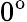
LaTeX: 0^{\mathrm{o}}